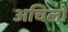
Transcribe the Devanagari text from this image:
अचिलो